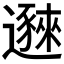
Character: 𬩥